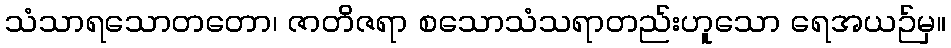
သံသာရသောတတော၊ ဇာတိဇရာ စသောသံသရာတည်းဟူသော ရေအယဉ်မှ။